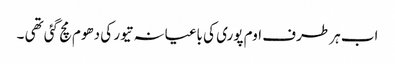
اب ہر طرف اوم پوری کی باغیانہ تیور کی دھوم مچ گئی تھی ۔